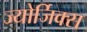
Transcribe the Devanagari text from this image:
ज्योर्जिक्स